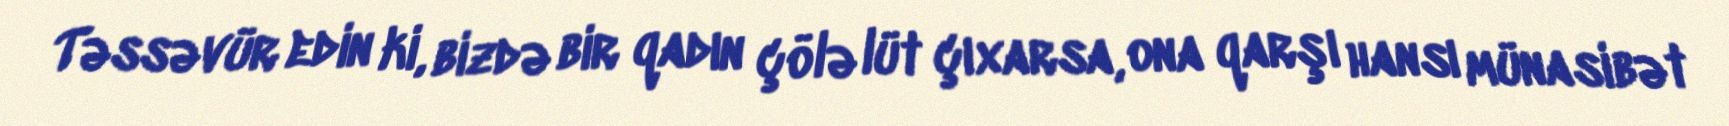
Təssəvür edin ki, bizdə bir qadın çölə lüt çıxarsa, ona qarşı hansı münasibət